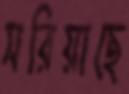
সরিয়াছে